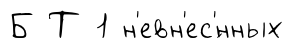
Б Т 1 н'евн'ес'́нных